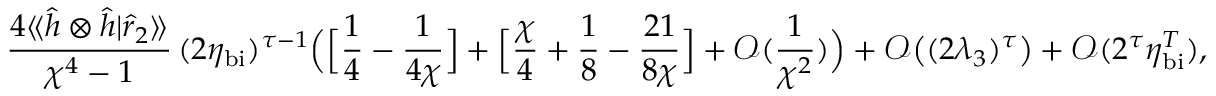
\frac { 4 \langle \! \langle \hat { h } \otimes \hat { h } | \hat { r } _ { 2 } \rangle \! \rangle } { \chi ^ { 4 } - 1 } \, ( 2 \eta _ { \mathrm { b i } } ) ^ { \tau - 1 } \Big ( \Big [ \frac { 1 } { 4 } - \frac { 1 } { 4 \chi } \Big ] + \Big [ \frac { \chi } { 4 } + \frac { 1 } { 8 } - \frac { 2 1 } { 8 \chi } \Big ] + \mathcal { O } ( \frac { 1 } { \chi ^ { 2 } } ) \Big ) + \mathcal { O } \big ( ( 2 \lambda _ { 3 } ) ^ { \tau } \big ) + \mathcal { O } ( 2 ^ { \tau } \eta _ { \mathrm { b i } } ^ { T } ) ,